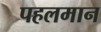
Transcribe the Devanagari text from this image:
पहलमान